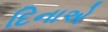
દિનાએ